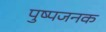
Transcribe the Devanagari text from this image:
पुष्पजनक